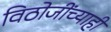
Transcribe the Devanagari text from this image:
विठोजींच्याही